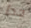
جدا